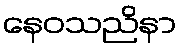
နေဝသညိနာ